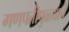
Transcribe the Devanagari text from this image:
गणपतीपुळ्याचे